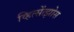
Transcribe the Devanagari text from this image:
व्हित्सेंत्झोस